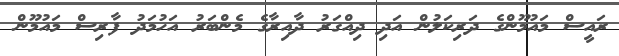
ރައީސް މައުމޫންގެ ދަރިކަލުން އަދި ދިއްގަރު ދާއިރާގެ މެންބަރު އަހުމަދު ފާރިސް މައުމޫން